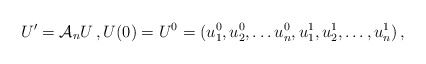
\begin{align*} U^{\prime} = \mathcal{A}_n U \,, U(0)=U^0=(u_1^0,u_2^0 ,\ldots u_n^0,u_1^1,u_2^1,\ldots, u_n^1) \,, \end{align*}